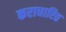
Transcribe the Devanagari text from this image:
कराधारित